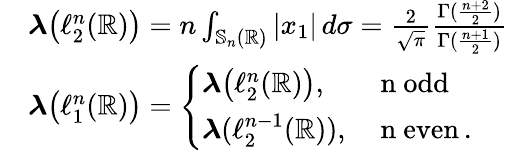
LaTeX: \begin{array}{rl}&{\boldsymbol{\lambda}\big(\ell_{2}^{n}(\mathbb{R})\big)=n\int_{\mathbb{S}_{n}(\mathbb{R})}|x_{1}|\, d\sigma=\frac{2}{\sqrt{\pi}}\frac{\Gamma(\frac{n+2}{2})}{\Gamma(\frac{n+1}{2})}}\\ &{\boldsymbol{\lambda}\big(\ell_{1}^{n}(\mathbb{R})\big)=\left\{ \begin{array}{ll}{\boldsymbol{\lambda}\big(\ell_{2}^{n}(\mathbb{R})\big),}&{\mathrm{~n~odd}}\\ {\boldsymbol{\lambda}(\ell_{2}^{n-1}(\mathbb{R})),}&{\mathrm{~n~even}\, .}\end{array}\right.}\end{array}